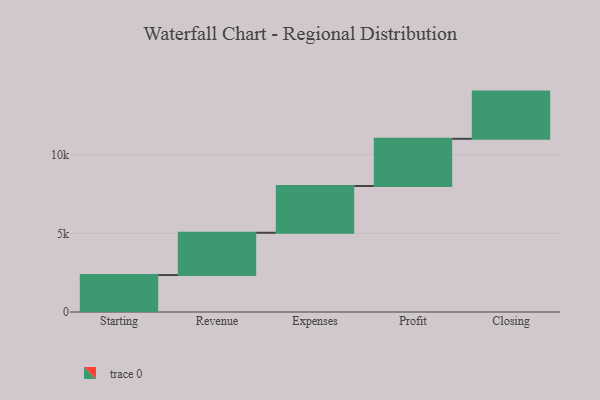
{"axis": {"x": "Step", "y": "Value"}, "legend": [""], "data": [{"x": "Starting", "y": 2348.0, "type": ""}, {"x": "Revenue", "y": 2689.0, "type": ""}, {"x": "Expenses", "y": 2975.0, "type": ""}, {"x": "Profit", "y": 3000, "type": ""}, {"x": "Closing", "y": 3000, "type": ""}]}